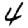
Digit: 4